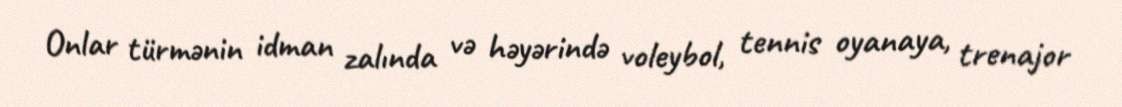
Onlar türmənin idman zalında və həyərində voleybol, tennis oyanaya, trenajor